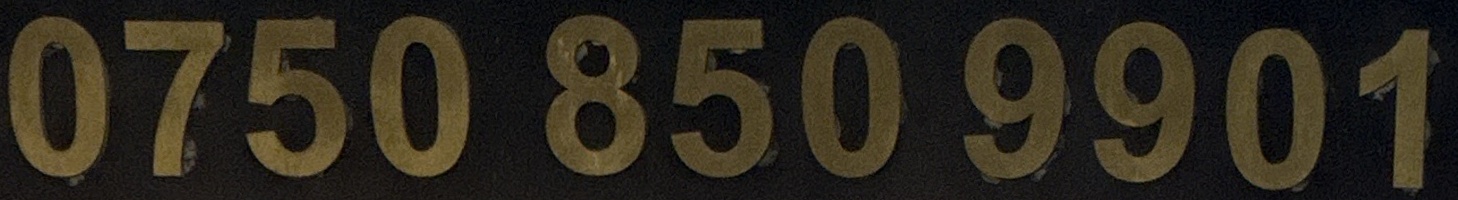
0750 850 9901